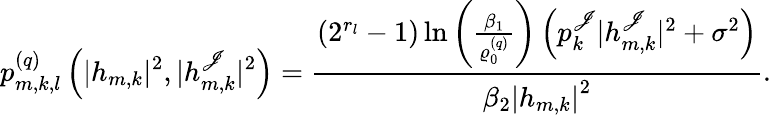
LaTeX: p_{m,k,l}^{(q)}\left(|h_{m,k}|^{2},|h_{m,k}^{\mathscr{J}}|^{2}\right)=\frac{{\left(2^{r_{l}}-1\right)\ln\left(\frac{{\beta_{1}}}{{\varrho_{0}^{(q)}}}\right)\left(p_{k}^{\mathscr{J}}|h_{m,k}^{\mathscr{J}}|^{2}+\sigma^{2}\right)}}{{\beta_{2}\left|h_{m,k}\right|^{2}}}.